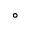
^ { \circ }